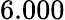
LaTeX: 6.000